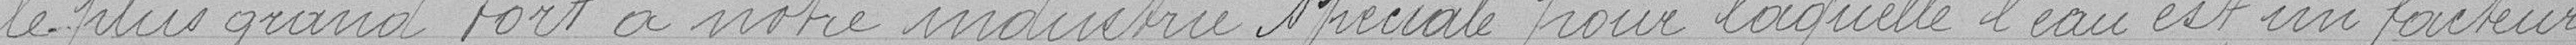
le plus grand tort à notre industrie spéciale pour laquelle l'eau est un facteur